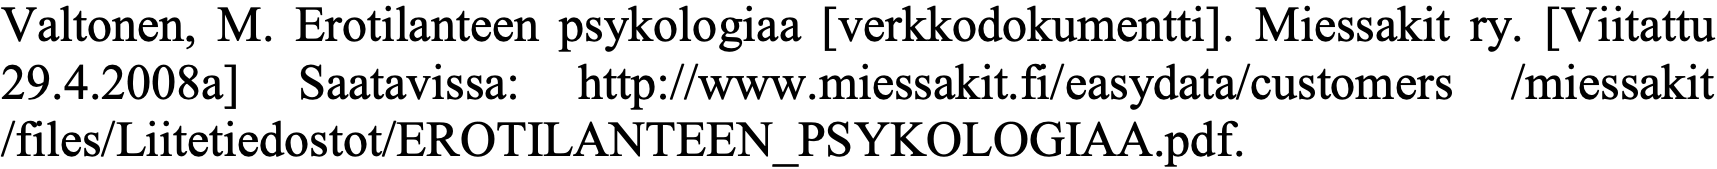
Valtonen, M. Erotilanteen psykologiaa [verkkodokumentti]. Miessakit ry. [Viitattu 29.4.2008a] Saatavissa: http://www.miessakit.fi/easydata/customers /miessakit /files/Liitetiedostot/EROTILANTEEN_PSYKOLOGIAA.pdf.